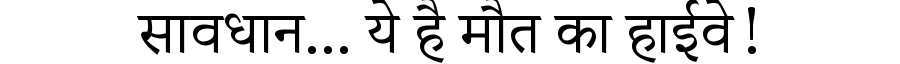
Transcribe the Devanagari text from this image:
सावधान... ये है मौत का हाईवे!